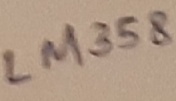
Text: LM358